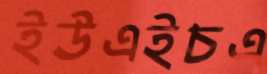
ইউএইচএ